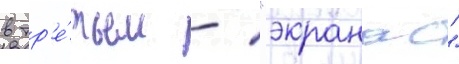
в тр'е́тьем - "экранас"